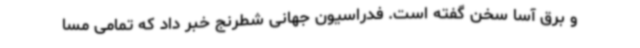
و برق آسا سخن گفته است. فدراسیون جهانی شطرنج خبر داد که تمامی مسا